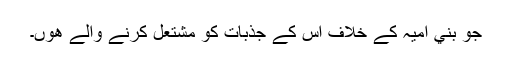
جو بني اميہ کے خلاف اس کے جذبات کو مشتعل کرنے والے ھوں۔